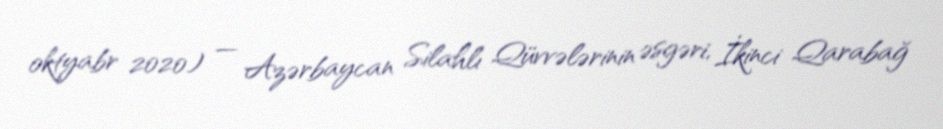
oktyabr 2020) — Azərbaycan Silahlı Qüvvələrinin əsgəri, İkinci Qarabağ